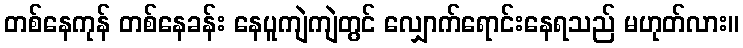
တစ်နေကုန် တစ်နေခန်း နေပူကျဲကျဲတွင် လျှောက်ရောင်းနေရသည် မဟုတ်လား။